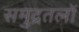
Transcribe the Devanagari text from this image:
समुद्रतलों